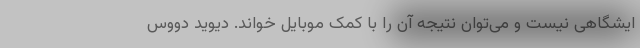
ایشگاهی نیست و می‌توان نتیجه آن را با کمک موبایل خواند. دیوید دووس